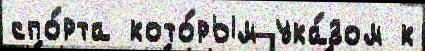
спо́рта кото́рым ука́зом к